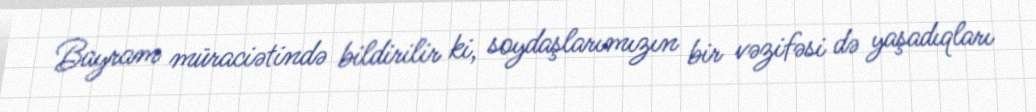
Bayram müraciətində bildirilir ki, soydaşlarımızın bir vəzifəsi də yaşadıqları